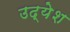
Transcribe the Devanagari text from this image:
उद्येश